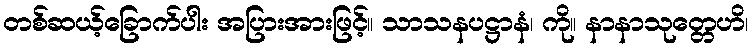
တစ်ဆယ့်ခြောက်ပါး အပြားအားဖြင့်။ သာသနပဋ္ဌာနံ၊ ကို။ နာနာသုတ္တေဟိ၊